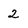
Character: 2